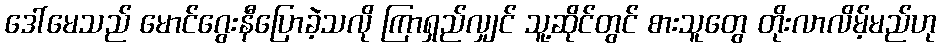
ဒေါ်မေသည် မောင်ဂွေးနီပြောခဲ့သလို ကြာရှည်လျှင် သူ့ဆိုင်တွင် စားသူတွေ တိုးလာလိမ့်မည်ဟု